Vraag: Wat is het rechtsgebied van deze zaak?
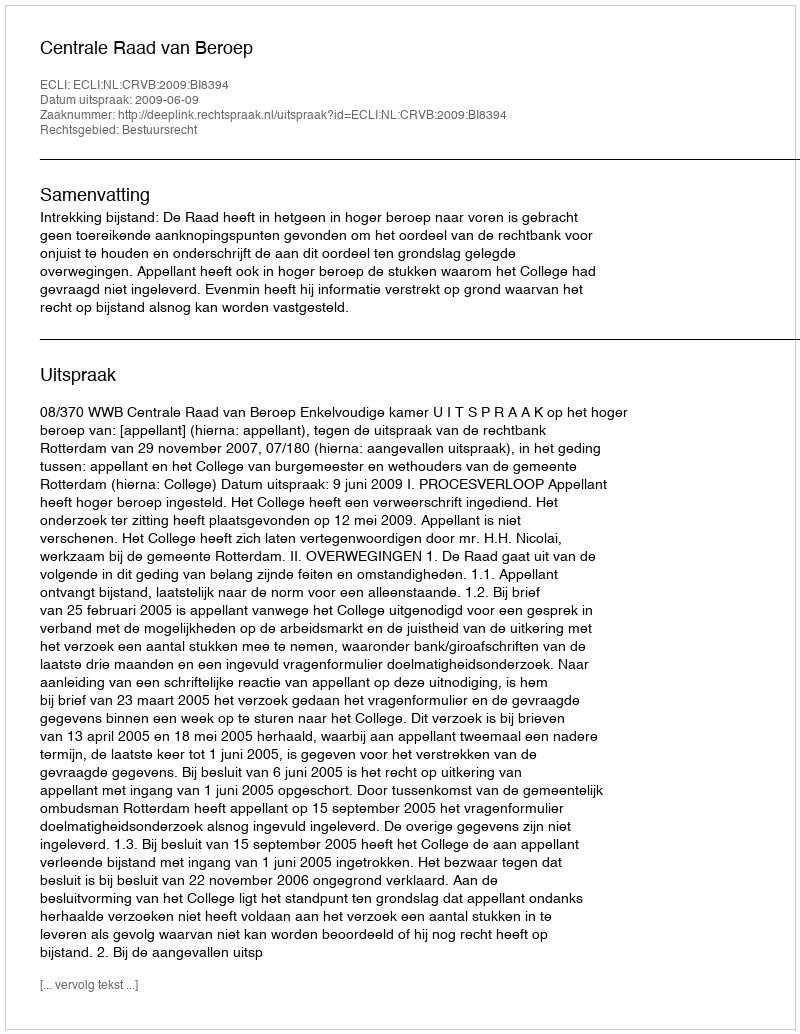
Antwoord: Bestuursrecht